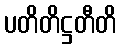
ပတိတိဋ္ဌတီတိ